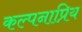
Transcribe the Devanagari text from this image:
कल्पनाप्रिय